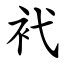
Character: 䘝